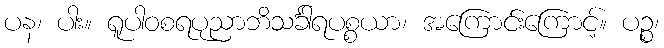
ပန၊ ပါး။ ရူပါဝစရပုညာဘိသင်္ခါရပစ္စယာ၊ အကြောင်းကြောင့်။ ပဉ္စ၊